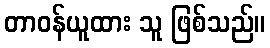
တာဝန်ယူထား သူ ဖြစ်သည်။